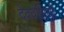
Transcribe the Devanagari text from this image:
देववंशियों